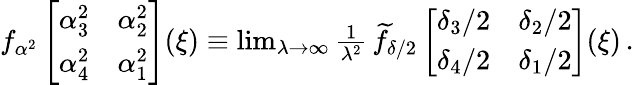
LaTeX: \begin{array}{r}{f_{\alpha^{2}}\left[\begin{array}{ll}{\alpha_{3}^{2}}&{\alpha_{2}^{2}}\\ {\alpha_{4}^{2}}&{\alpha_{1}^{2}}\end{array}\right](\xi)\equiv\operatorname*{lim}_{\lambda\to\infty}{\frac{1}{\lambda^{2}}}\, \widetilde{f}_{\delta/2}\left[\begin{array}{ll}{\delta_{3}/2}&{\delta_{2}/2}\\ {\delta_{4}/2}&{\delta_{1}/2}\end{array}\right](\xi)\, .}\end{array}